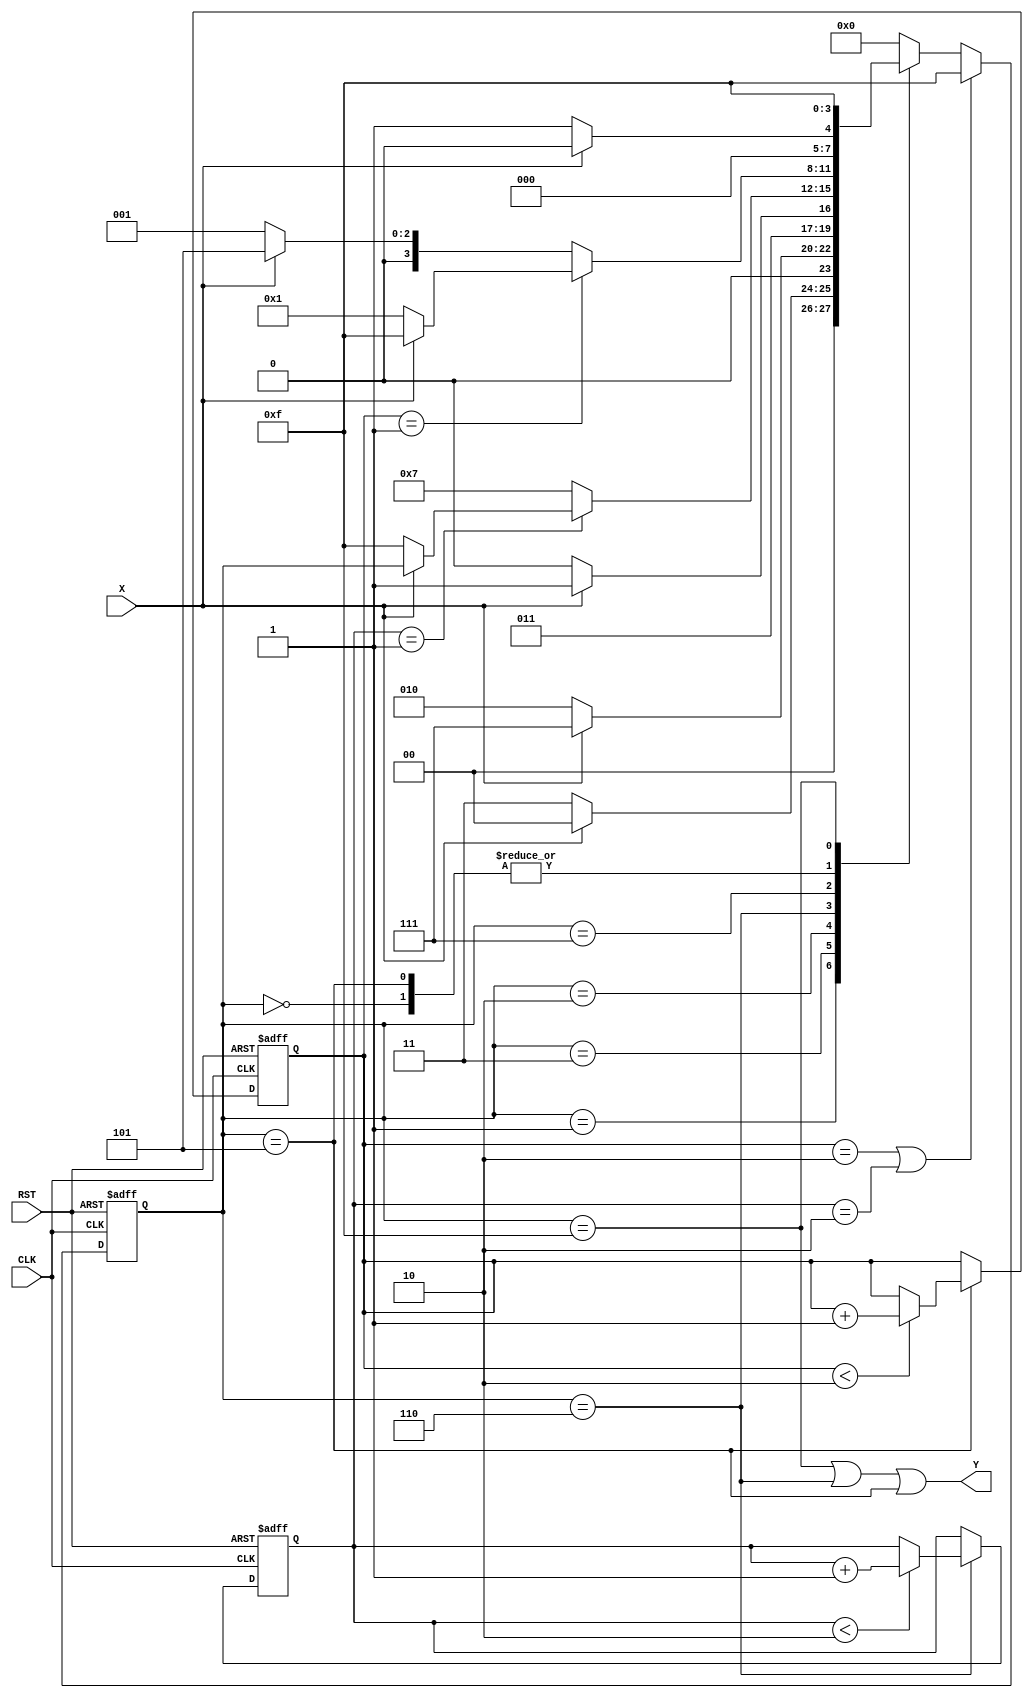
`timescale 1ns / 1ps

module state_machine(
input X,
input CLK,
input RST,
output Y
);

reg [3:0] state;
reg [1:0] counterA=2'b00, counterB=2'b00;
reg flaga=0, flagb=0;
parameter 

A= 4'b0000,
B= 4'b0001,
C= 4'b0011,
D= 4'b0010,
E= 4'b0110,
F= 4'b0111,
G= 4'b0101,
S= 4'b1111;

       
       
always @(posedge RST or posedge CLK)

begin

if  (RST) begin
    state<=A;
    counterA<=0;
    counterB<=0;
    end

else begin

case (state) 

    A: if (X) state <=A;
    else state <=B;
    
    
    B: if (X) state <=A;
    else state <=C;
    
    
    C: if (X) state <=F;
    else state <=D;
    
    D: if (X) state <=F;
    else begin
    state <=E;
    end
    
     E: begin 
       if (counterA < 2'b10) counterA <= counterA+1;
        if (counterA==2'b01) begin
            if (X==0)begin 
        state <=S;      
        end
       end
        else begin
         state <=F;
        end
        
      end
 
   
    
  F: begin  
        if (counterB==2'b01) begin
            if (X==1) state<=S;
            else state<=B;
        end
        
        else if(X) state <=G;
        else begin state <=B;
       end
        end
    
     G: begin
     if (counterB < 2'b10) counterB<= counterB+1;
     if (X) state <=A;
    else begin
    state <=B;
    end
    end  
    
      S: state <=S;
  
     default state <= A ;
   
 endcase
 
    if (counterB==2'b10 || counterA==2'b10) begin
        state<=S;
    end
 end 
 end

 assign Y = (state==S) | (state==E) | (state==G);

endmodule